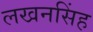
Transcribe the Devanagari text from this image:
लखनसिंह